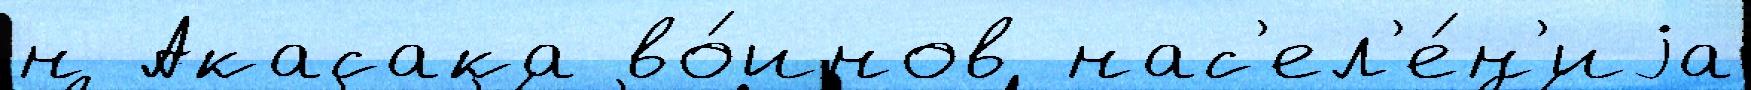
н Акасака во́инов нас'ел'е́н'иjа